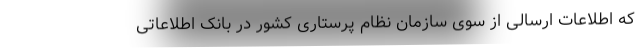
که اطلاعات ارسالی از سوی سازمان نظام پرستاری کشور در بانک اطلاعاتی